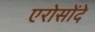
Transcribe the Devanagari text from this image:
एरोसोंदे